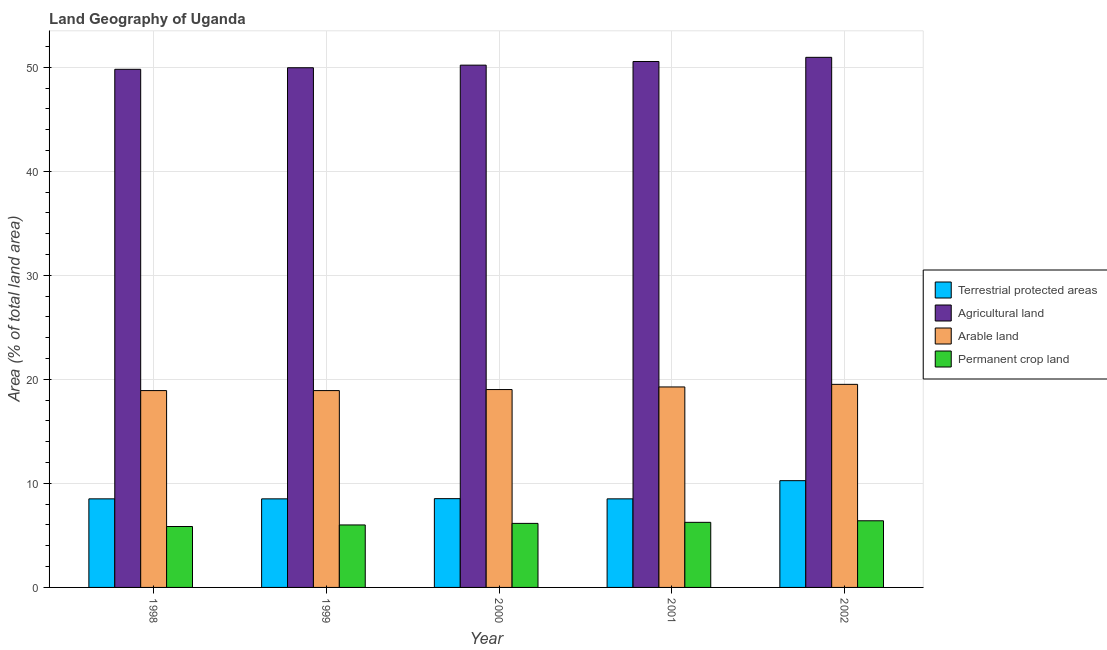
| Year | Terrestrial protected areas | Agricultural land | Arable land | Permanent crop land |
 | --- | --- | --- | --- | --- |
 | 1998 | 8.51 | 49.8 | 18.9 | 5.86 |
 | 1999 | 8.51 | 49.9 | 18.9 | 6.01 |
 | 2000 | 8.53 | 50.2 | 19 | 6.16 |
 | 2001 | 8.51 | 50.5 | 19.3 | 6.26 |
 | 2002 | 10.3 | 50.9 | 19.5 | 6.41 |